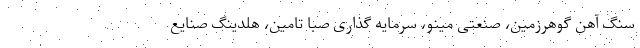
سنگ آهن گوهرزمین، صنعتی مینو، سرمایه گذاری صبا تامین، هلدینگ صنایع